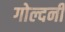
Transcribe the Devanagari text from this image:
गोल्दनी